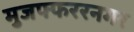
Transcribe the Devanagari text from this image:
मुजफ्फररनगर